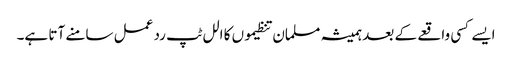
ایسے کسی واقعے کے بعد ہمیشہ مسلمان تنظیموں کا الل ٹپ رد عمل سامنے آتا ہے۔